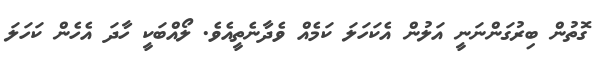
ގޮތުން ބިރުގަންނަނީ އަލުން އެކަހަލަ ކަމެއް ވެދާނެތީއެވެ. ލޯއްބަކީ ހާދަ އެހެން ކަހަލަ